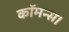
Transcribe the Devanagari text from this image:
कॉमन्स।